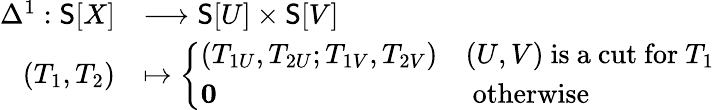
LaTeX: \begin{array}{rl}{\Delta^{1}:\mathsf{S}[X]}&{\longrightarrow\mathsf{S}[U]\times\mathsf{S}[V]}\\ {(T_{1},T_{2})}&{\mapsto\left\{ \begin{array}{ll}{(T_{1U},T_{2U};T_{1V},T_{2V})}&{(U,V)\mathrm{~is~a~cut~for~}T_{1}}\\ {{\mathbf 0}}&{\mathrm{~otherwise}}\end{array}\right.}\end{array}